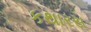
કથારસ